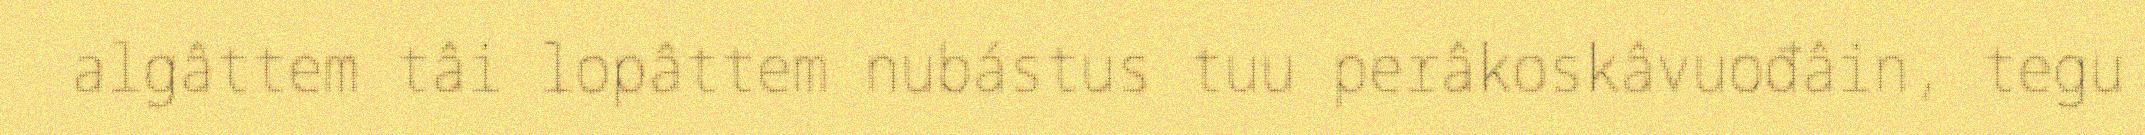
algâttem tâi lopâttem nubástus tuu perâkoskâvuođâin, tegu